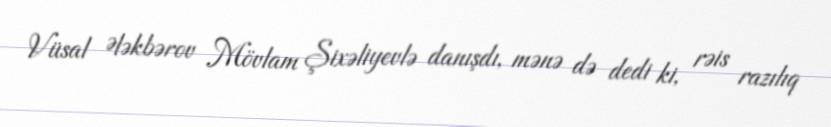
Vüsal Ələkbərov Mövlam Şixəliyevlə danışdı, mənə də dedi ki, rəis razılıq